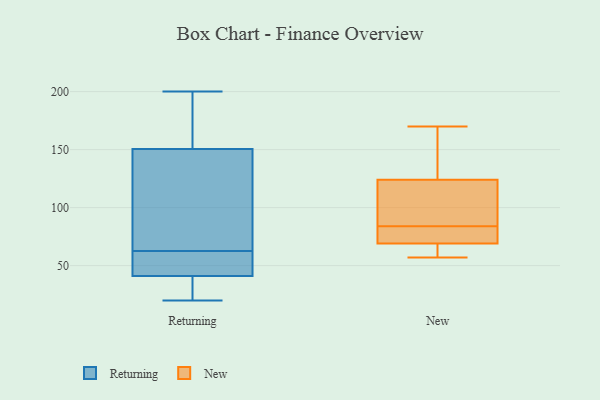
{"axis": {"x": "Inventory Turnover", "y": "Value"}, "legend": ["New", "Returning"], "data": [{"x": "", "y": 138, "type": "Returning"}, {"x": "", "y": 40, "type": "Returning"}, {"x": "", "y": 42, "type": "Returning"}, {"x": "", "y": 46, "type": "Returning"}, {"x": "", "y": 20, "type": "Returning"}, {"x": "", "y": 22, "type": "Returning"}, {"x": "", "y": 199, "type": "Returning"}, {"x": "", "y": 57, "type": "Returning"}, {"x": "", "y": 154, "type": "Returning"}, {"x": "", "y": 147, "type": "Returning"}, {"x": "", "y": 39, "type": "Returning"}, {"x": "", "y": 100, "type": "Returning"}, {"x": "", "y": 200, "type": "Returning"}, {"x": "", "y": 68, "type": "Returning"}, {"x": "", "y": 52, "type": "Returning"}, {"x": "", "y": 185, "type": "Returning"}, {"x": "", "y": 72, "type": "New"}, {"x": "", "y": 68, "type": "New"}, {"x": "", "y": 78, "type": "New"}, {"x": "", "y": 166, "type": "New"}, {"x": "", "y": 57, "type": "New"}, {"x": "", "y": 90, "type": "New"}, {"x": "", "y": 67, "type": "New"}, {"x": "", "y": 73, "type": "New"}, {"x": "", "y": 165, "type": "New"}, {"x": "", "y": 170, "type": "New"}, {"x": "", "y": 124, "type": "New"}, {"x": "", "y": 102, "type": "New"}, {"x": "", "y": 117, "type": "New"}, {"x": "", "y": 69, "type": "New"}]}